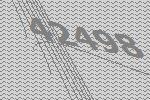
42498